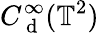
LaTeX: C_{\mathrm{~d~}}^{\infty}(\mathbb{T}^{2})